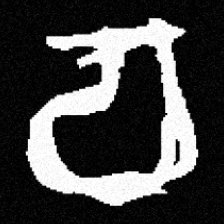
Pyu character \u2014 Myanmar letter: စ (romanized: ca)